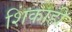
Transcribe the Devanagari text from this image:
शिंकाही